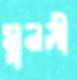
মুনসী